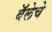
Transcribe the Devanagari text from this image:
बॅलेचे